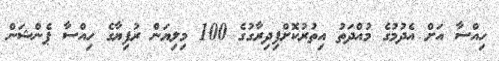
ހިއްސާ އަށް އެދުމުގެ މުއްދަތު އިތުރުކޮށްފިދިރާގުގެ 100 މިލިޔަން ރުފިޔާގެ ހިއްސާ ޕެންޝަން